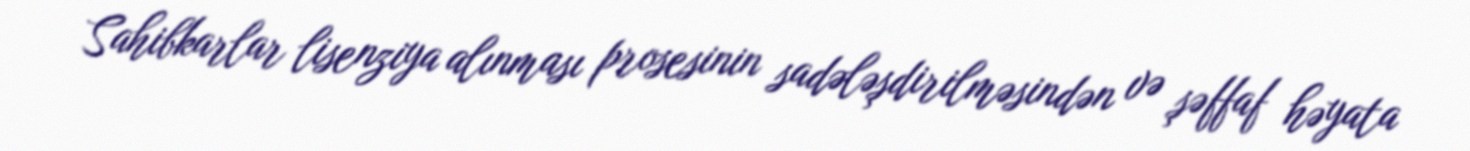
Sahibkarlar lisenziya alınması prosesinin sadələşdirilməsindən və şəffaf həyata